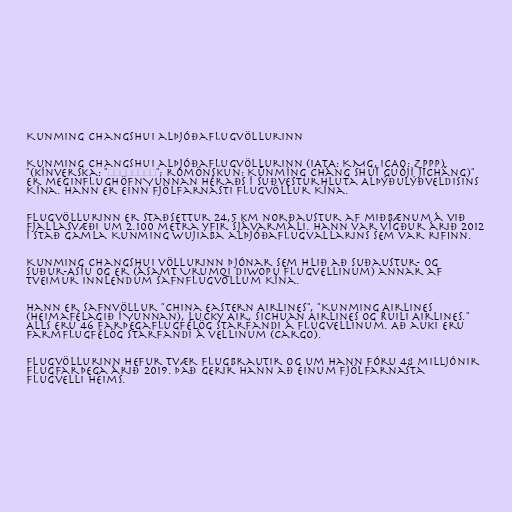
Kunming Changshui alþjóðaflugvöllurinn

Kunming Changshui alþjóðaflugvöllurinn (IATA: KMG, ICAO: ZPPP)
"(kínverska: "昆明长水国际机场"; rómönskun: Kūnmíng cháng shuǐ guójì jīchǎng)"
er meginflughöfn Yunnan héraðs í suðvesturhluta Alþýðulýðveldisins
Kína. Hann er einn fjölfarnasti flugvöllur Kína.

Flugvöllurinn er staðsettur 24,5 km norðaustur af miðbænum á við
fjallasvæði um 2.100 metra yfir sjávarmáli. Hann var vígður árið 2012
í stað gamla Kunming Wujiaba alþjóðaflugvallarins sem var rifinn.

Kunming Changshui völlurinn þjónar sem hlið að Suðaustur- og
Suður-Asíu og er (ásamt Urumqi Diwopu flugvellinum) annar af
tveimur innlendum safnflugvöllum Kína.

Hann er safnvöllur "China Eastern Airlines", "Kunming Airlines
(heimafélagið í Yunnan), Lucky Air, Sichuan Airlines og Ruili Airlines."
Alls eru 46 farþegaflugfélög starfandi á flugvellinum. Að auki eru
farmflugfélög starfandi á vellinum (cargo).

Flugvöllurinn hefur tvær flugbrautir og um hann fóru 48 milljónir
flugfarþega árið 2019. Það gerir hann að einum fjölfarnasta
flugvelli heims.